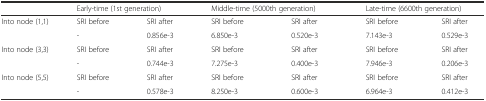
<table><thead><tr><td></td><td colspan="2"><b>Early-time (1st generation)</b></td><td colspan="2"><b>Middle-time (5000th generation)</b></td><td colspan="2"><b>Late-time (6600th generation)</b></td></tr></thead><tbody><tr><td rowspan="2">Into node (1,1)</td><td>SRI before</td><td>SRI after</td><td>SRI before</td><td>SRI after</td><td>SRI before</td><td>SRI after</td></tr><tr><td>-</td><td>0.856e-3</td><td>6.850e-3</td><td>0.520e-3</td><td>7.143e-3</td><td>0.529e-3</td></tr><tr><td rowspan="2">Into node (3,3)</td><td>SRI before</td><td>SRI after</td><td>SRI before</td><td>SRI after</td><td>SRI before</td><td>SRI after</td></tr><tr><td>-</td><td>0.744e-3</td><td>7.275e-3</td><td>0.400e-3</td><td>7.946e-3</td><td>0.206e-3</td></tr><tr><td rowspan="2">Into node (5,5)</td><td>SRI before</td><td>SRI after</td><td>SRI before</td><td>SRI after</td><td>SRI before</td><td>SRI after</td></tr><tr><td>-</td><td>0.578e-3</td><td>8.250e-3</td><td>0.600e-3</td><td>6.964e-3</td><td>0.412e-3</td></tr></tbody></table>